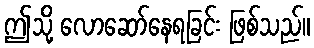
ဤသို့ လောဆော်နေရခြင်း ဖြစ်သည်။